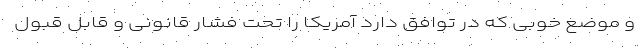
و موضع خوبی که در توافق دارد آمریکا را تحت فشار قانونی و قابل قبول